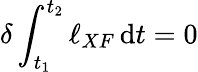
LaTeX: \delta\int_{t_{1}}^{t_{2}}{\ell_{XF}}\, \mathrm{d}t=0